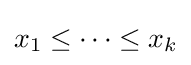
x_{1}\leq \cdots \leq x_{k}